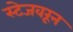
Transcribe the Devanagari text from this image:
स्टेजवरून